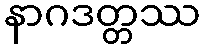
နာဂဒတ္တဿ